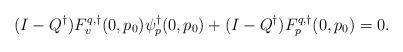
LaTeX: \begin{align*}(I-Q^\dagger)F^{q,\dagger}_v(0,p_0)\psi^\dagger_p(0,p_0) + (I-Q^\dagger)F^{q,\dagger}_p(0,p_0) = 0.\end{align*}